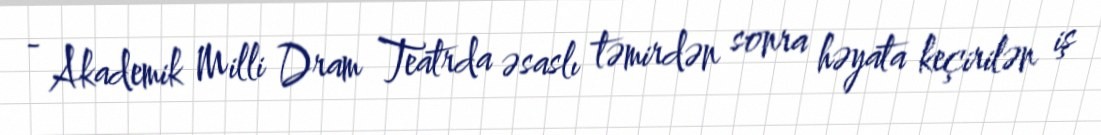
- Akademik Milli Dram Teatrda əsaslı təmirdən sonra həyata keçirilən iş